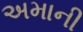
અમાની